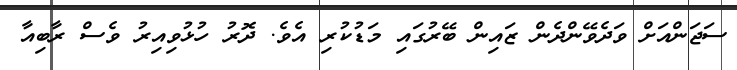
ސަޖަންއަށް ވަދެވޭންދެން ޒައިން ބޭރުގައި މަޑުކުރި އެވެ. ދޮރު ހުޅުވިއިރު ވެސް ރާބިއާ